Indian journal of veterinary science and animal husbandry - Volumes 18-21, 1948-1951
Year: 1948
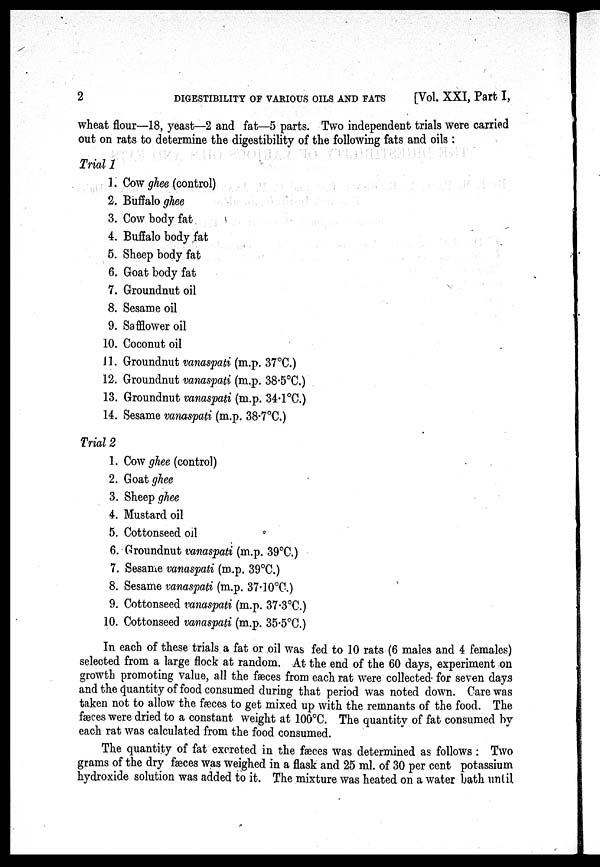
2
DIGESTIBILITY OF VARIOUS OILS AND FATS
[Vol. XXI, Part I,
wheat flour—18, yeast—2 and fat—5 parts. Two independent trials were carried
out on rats to determine the digestibility of the following fats and oils :
Trial 1
1. Cow ghee (control)
2. Buffalo ghee
3. Cow body fat
4. Buffalo body fat
5. Sheep body fat
6. Goat body fat
7. Groundnut oil
8. Sesame oil
9. Safflower oil
10. Coconut oil
11. Groundnut vanaspati (m.p. 37°C.)
12. Groundnut vanaspati (m.p. 38.5°C.)
13. Groundnut vanaspati (m.p. 34.1°C.)
14. Sesame vanaspati (m.p. 38.7°C.)
Trial 2
1. Cow ghee (control)
2. Goat ghee
3. Sheep ghee
4. Mustard oil
5. Cottonseed oil
6. Groundnut vanaspati (m.p. 39°C.)
7. Sesame vanaspati (m.p. 39°C.)
8. Sesame vanaspati (m.p. 37.10°C.)
9. Cottonseed vanaspati (m.p. 37.3°C.)
10. Cottonseed vanaspati (m.p. 35.5°C.)
In each of these trials a fat or oil was fed to 10 rats (6 males and 4 females)
selected from a large flock at random. At the end of the 60 days, experiment on
growth promoting value, all the fæces from each rat were collected for seven days
and the quantity of food consumed during that period was noted down. Care was
taken not to allow the fæces to get mixed up with the remnants of the food. The
fæces were dried to a constant weight at 100°C. The quantity of fat consumed by
each rat was calculated from the food consumed.
The quantity of fat excreted in the fæces was determined as follows : Two
grams of the dry fæces was weighed in a flask and 25 ml. of 30 per cent potassium
hydroxide solution was added to it. The mixture was heated on a water bath until